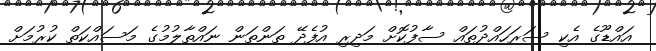
އައްޑޫގެ އެކި ސަރަހައްދުތައް ސާފުކޮށް މަދިރި އުފެދޭ ތަންތަން ނައްތާލުމުގެ މަސައްކަތް ކުރުމަށް